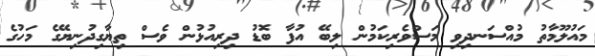
މައުލޫމާތު މުއްސަނދިވި މަސްވެރިކަމުން ލިބޭ އުފާ ބޮޑު ދިރިއުޅުން ވެސް ތިޔާގިދުނިޔޭގެ މަހުގެ